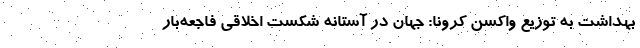
بهداشت به توزیع واکسن کرونا: جهان در آستانه شکست اخلاقی فاجعه‌بار